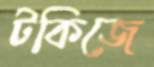
টকিজে